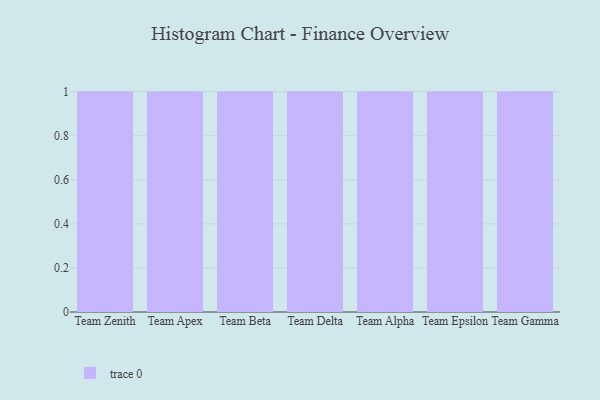
{"axis": {"x": "Team", "y": "Inventory Turnover"}, "legend": [""], "data": [{"x": "Team Zenith", "y": 92, "type": ""}, {"x": "Team Apex", "y": 53, "type": ""}, {"x": "Team Beta", "y": 37, "type": ""}, {"x": "Team Delta", "y": 29, "type": ""}, {"x": "Team Alpha", "y": 44, "type": ""}, {"x": "Team Epsilon", "y": 33, "type": ""}, {"x": "Team Gamma", "y": 61, "type": ""}]}